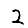
Digit: 2